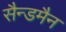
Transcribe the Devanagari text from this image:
सैन्डमैन